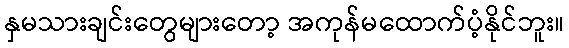
နှမသားချင်းတွေများတော့ အကုန်မထောက်ပံ့နိုင်ဘူး။